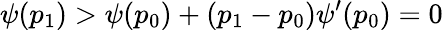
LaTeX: \psi(p_{1})>\psi(p_{0})+(p_{1}-p_{0})\psi^{\prime}(p_{0})=0